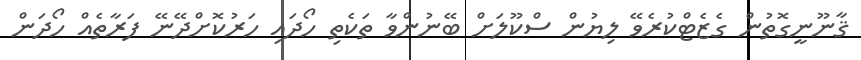
ޤާނޫނީގޮތުން ގެޒެޓްކުރެވޭ ލިޔުން ސްކޫލަށް ބޭނުންވާ ތަކެތި ހޯދައި ހަރުކޮށްދޭނޭ ފަރާތެއް ހޯދަން